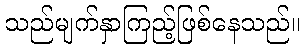
သည်မျက်နှာကြည့်ဖြစ်နေသည်။